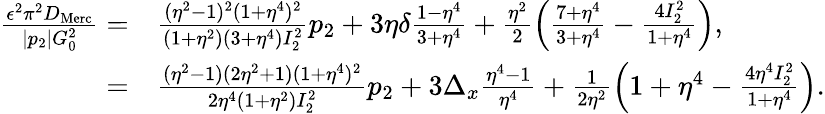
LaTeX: \begin{array}{rl}{\frac{\epsilon^{2}\pi^{2}D_{\mathrm{Merc}}}{|p_{2}|G_{0}^{2}}=}&{{}\frac{(\eta^{2}-1)^{2}(1+\eta^{4})^{2}}{(1+\eta^{2})(3+\eta^{4})I_{2}^{2}}p_{2}+3\eta\delta\frac{1-\eta^{4}}{3+\eta^{4}}+\frac{\eta^{2}}{2}\left(\frac{7+\eta^{4}}{3+\eta^{4}}-\frac{4I_{2}^{2}}{1+\eta^{4}}\right),}\\ {=}&{{}\frac{(\eta^{2}-1)(2\eta^{2}+1)(1+\eta^{4})^{2}}{2\eta^{4}(1+\eta^{2})I_{2}^{2}}p_{2}+3\Delta_{x}\frac{\eta^{4}-1}{\eta^{4}}+\frac{1}{2\eta^{2}}\left(1+\eta^{4}-\frac{4\eta^{4}I_{2}^{2}}{1+\eta^{4}}\right).}\end{array}